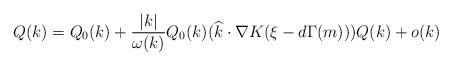
LaTeX: \begin{align*}Q(k)&=Q_0(k)+\frac{\lvert k\lvert}{\omega(k)}Q_0(k)(\widehat{k}\cdot \nabla K(\xi-d\Gamma(m)) )Q(k)+o(k)\end{align*}